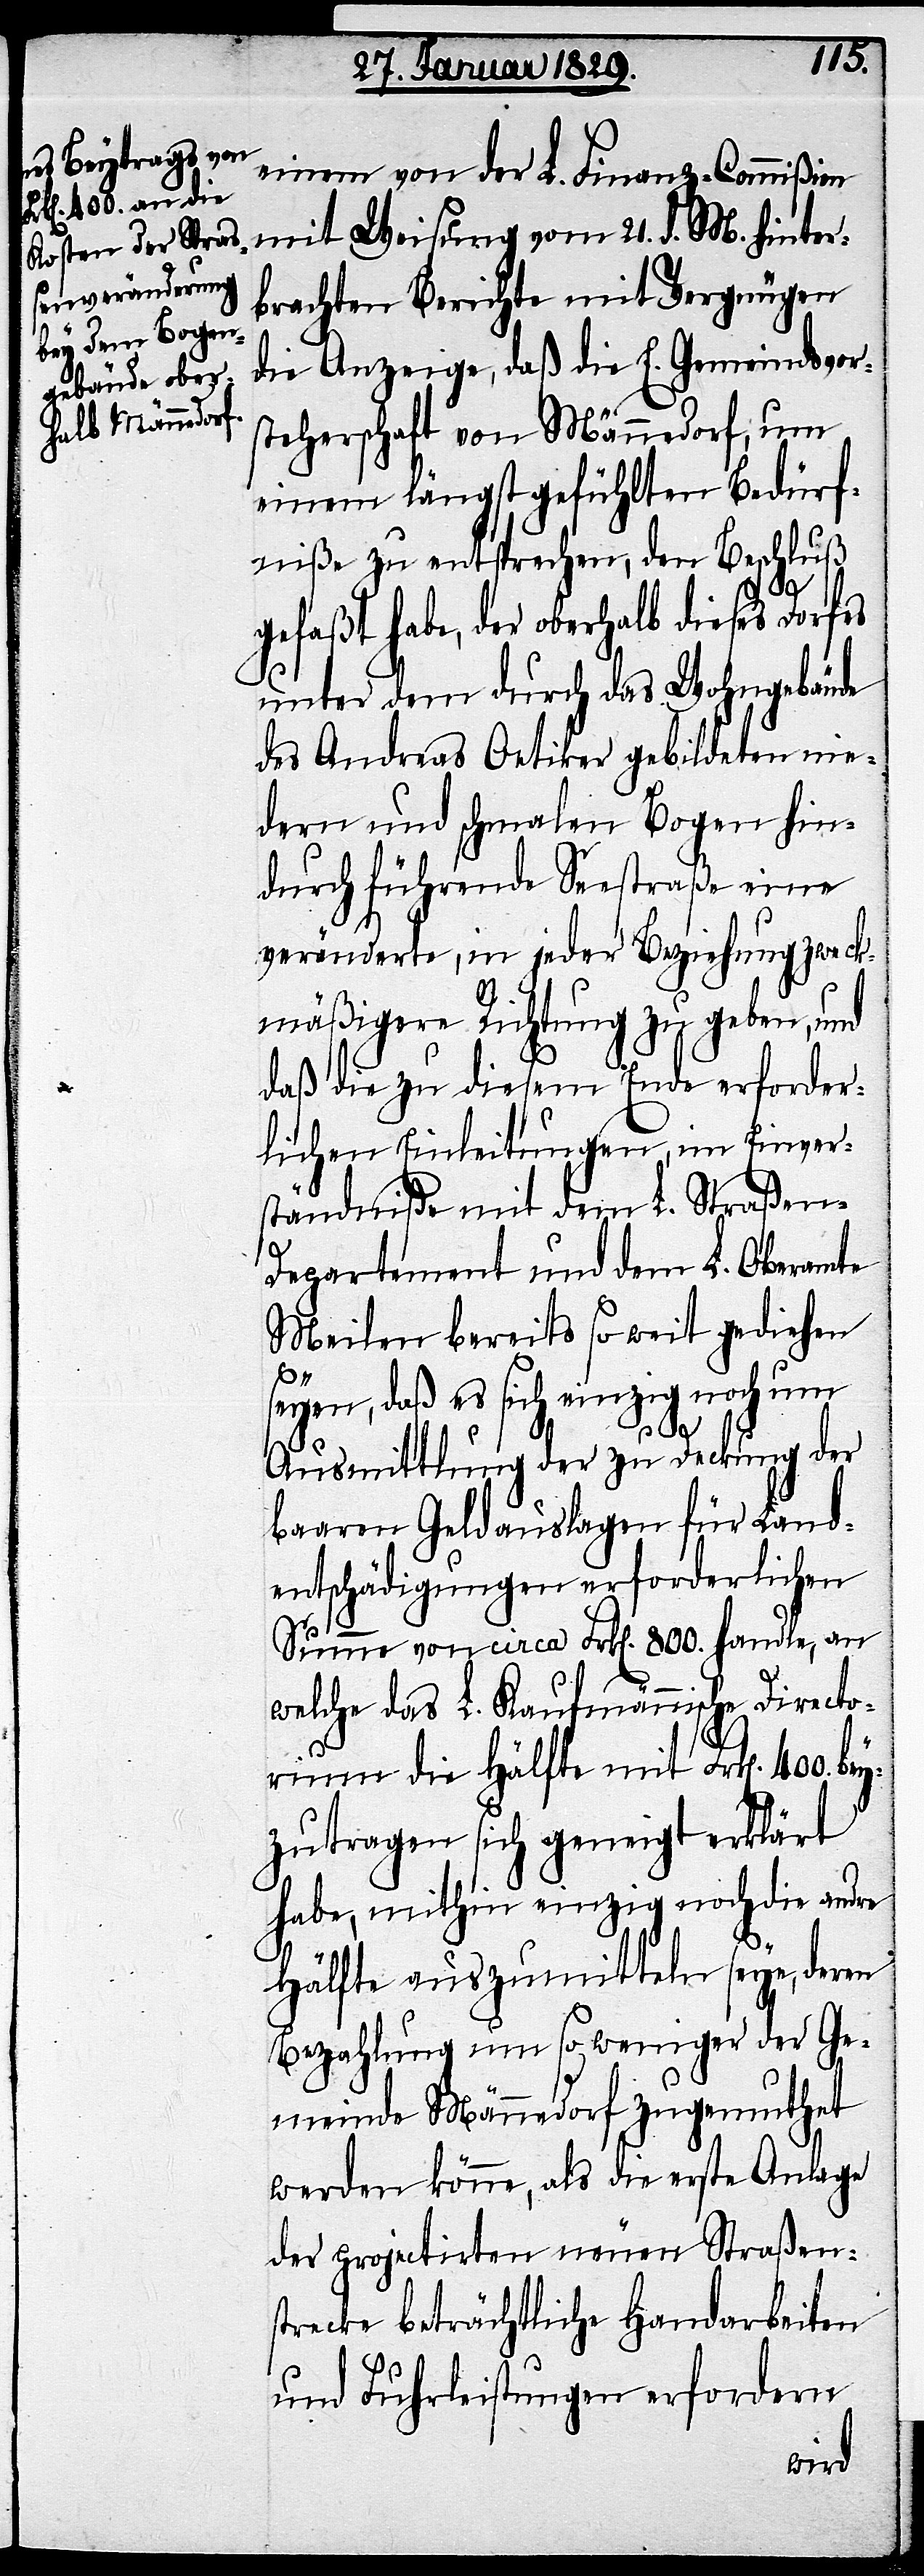
einem von der L. Finanz-Commißion
mit Weisung vom 21. d. M. hinter¬
brachten Berichte mit Vergnügen
die Anzeige, daß die E. Gemeindvor¬
steherschaft von Männedorf, um
einem längst gefühlten Bedürf¬
niße zu entsprechen, den Beschluß
gefaßt habe, der oberhalb dieses Dorfes
unter dem durch das Wohngebäude
des Andreas Oetiker gebildeten nie¬
dern und schmalen Bogen hin¬
durch führende Seestraße eine
veränderte, in jeder Beziehung zweck¬
mäßigere Richtung zu geben, und
daß die zu diesem Ende erforder¬
lichen Einleitungen, im Einver¬
ständniße mit dem L. Straßen-D¬
epartement und dem L. Oberamte
Meilen bereits so weit gediehen
seyen, daß es sich einzig noch um
bey¬
Ausmittlung der zu Deckung der
baaren Geldauslagen für Land¬
entschädigungen erforderlichen
Summe von circa Frk[en]. 800. handle, an
welche das L. Kaufmännische Directo¬
rium die Hälfte mit Frk[en]. 400.
zutragen sich geneigt erklärt
habe, mithin einzig noch die andre
Hälfte auszumitteln seye, deren
Bezahlung um so weniger der Ge¬
meinde Männedorf zugemuthet
werden könne, als die erste Anlage
der projectirten neuen Straßens¬
trecke beträchtliche Handarbeiten
und Fuhrleistungen erfordern